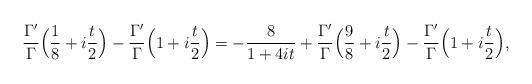
LaTeX: \begin{align*}\frac{\Gamma'}{\Gamma}\Big(\frac{1}{8}+i\frac{t}{2}\Big) -\frac{\Gamma'}{\Gamma}\Big(1+i\frac{t}{2}\Big)= - \frac{8}{1+4it} + \frac{\Gamma'}{\Gamma}\Big(\frac{9}{8}+i\frac{t}{2}\Big) -\frac{\Gamma'}{\Gamma}\Big(1+i\frac{t}{2}\Big),\end{align*}